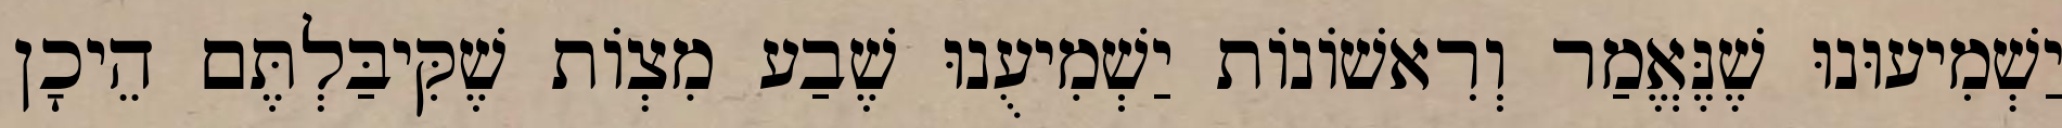
יַשְׁמִיעוּנוּ שֶׁנֶּאֱמַר וְרִאשׁוֹנוֹת יַשְׁמִיעֻנוּ שֶׁבַע מִצְוֹת שֶׁקִּיבַּלְתֶּם הֵיכָן